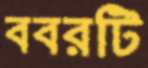
ববরটি